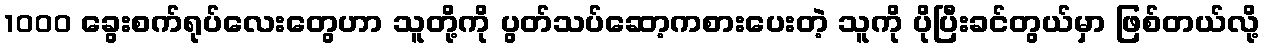
1000 ခွေးစက်ရုပ်လေးတွေဟာ သူတို့ကို ပွတ်သပ်ဆော့ကစားပေးတဲ့ သူကို ပိုပြီးခင်တွယ်မှာ ဖြစ်တယ်လို့